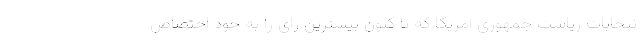
نتخابات ریاست جمهوری آمریکا که تا کنون بیشترین رای را به خود اختصاص